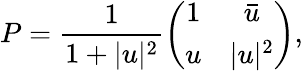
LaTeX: P=\frac{1}{1+|u|^{2}}\left(\begin{array}{cc}{{1}}&{{\bar{u}}}\\ {{u}}&{{|u|^{2}}}\end{array}\right),